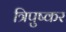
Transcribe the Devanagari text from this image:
त्रिपुष्कर